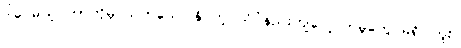
ဒါပေမယ့် ဘာကိုမှ သက်သေပြနိုင်တဲ့ သိပ္ပံနည်းကျလေ့လာမှုတွေ မရှိပါဘူး။